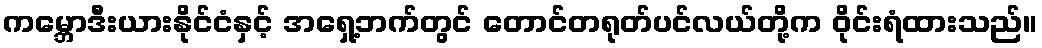
ကမ္ဘောဒီးယားနိုင်ငံနှင့် အရှေ့ဘက်တွင် တောင်တရုတ်ပင်လယ်တို့က ဝိုင်းရံထားသည်။